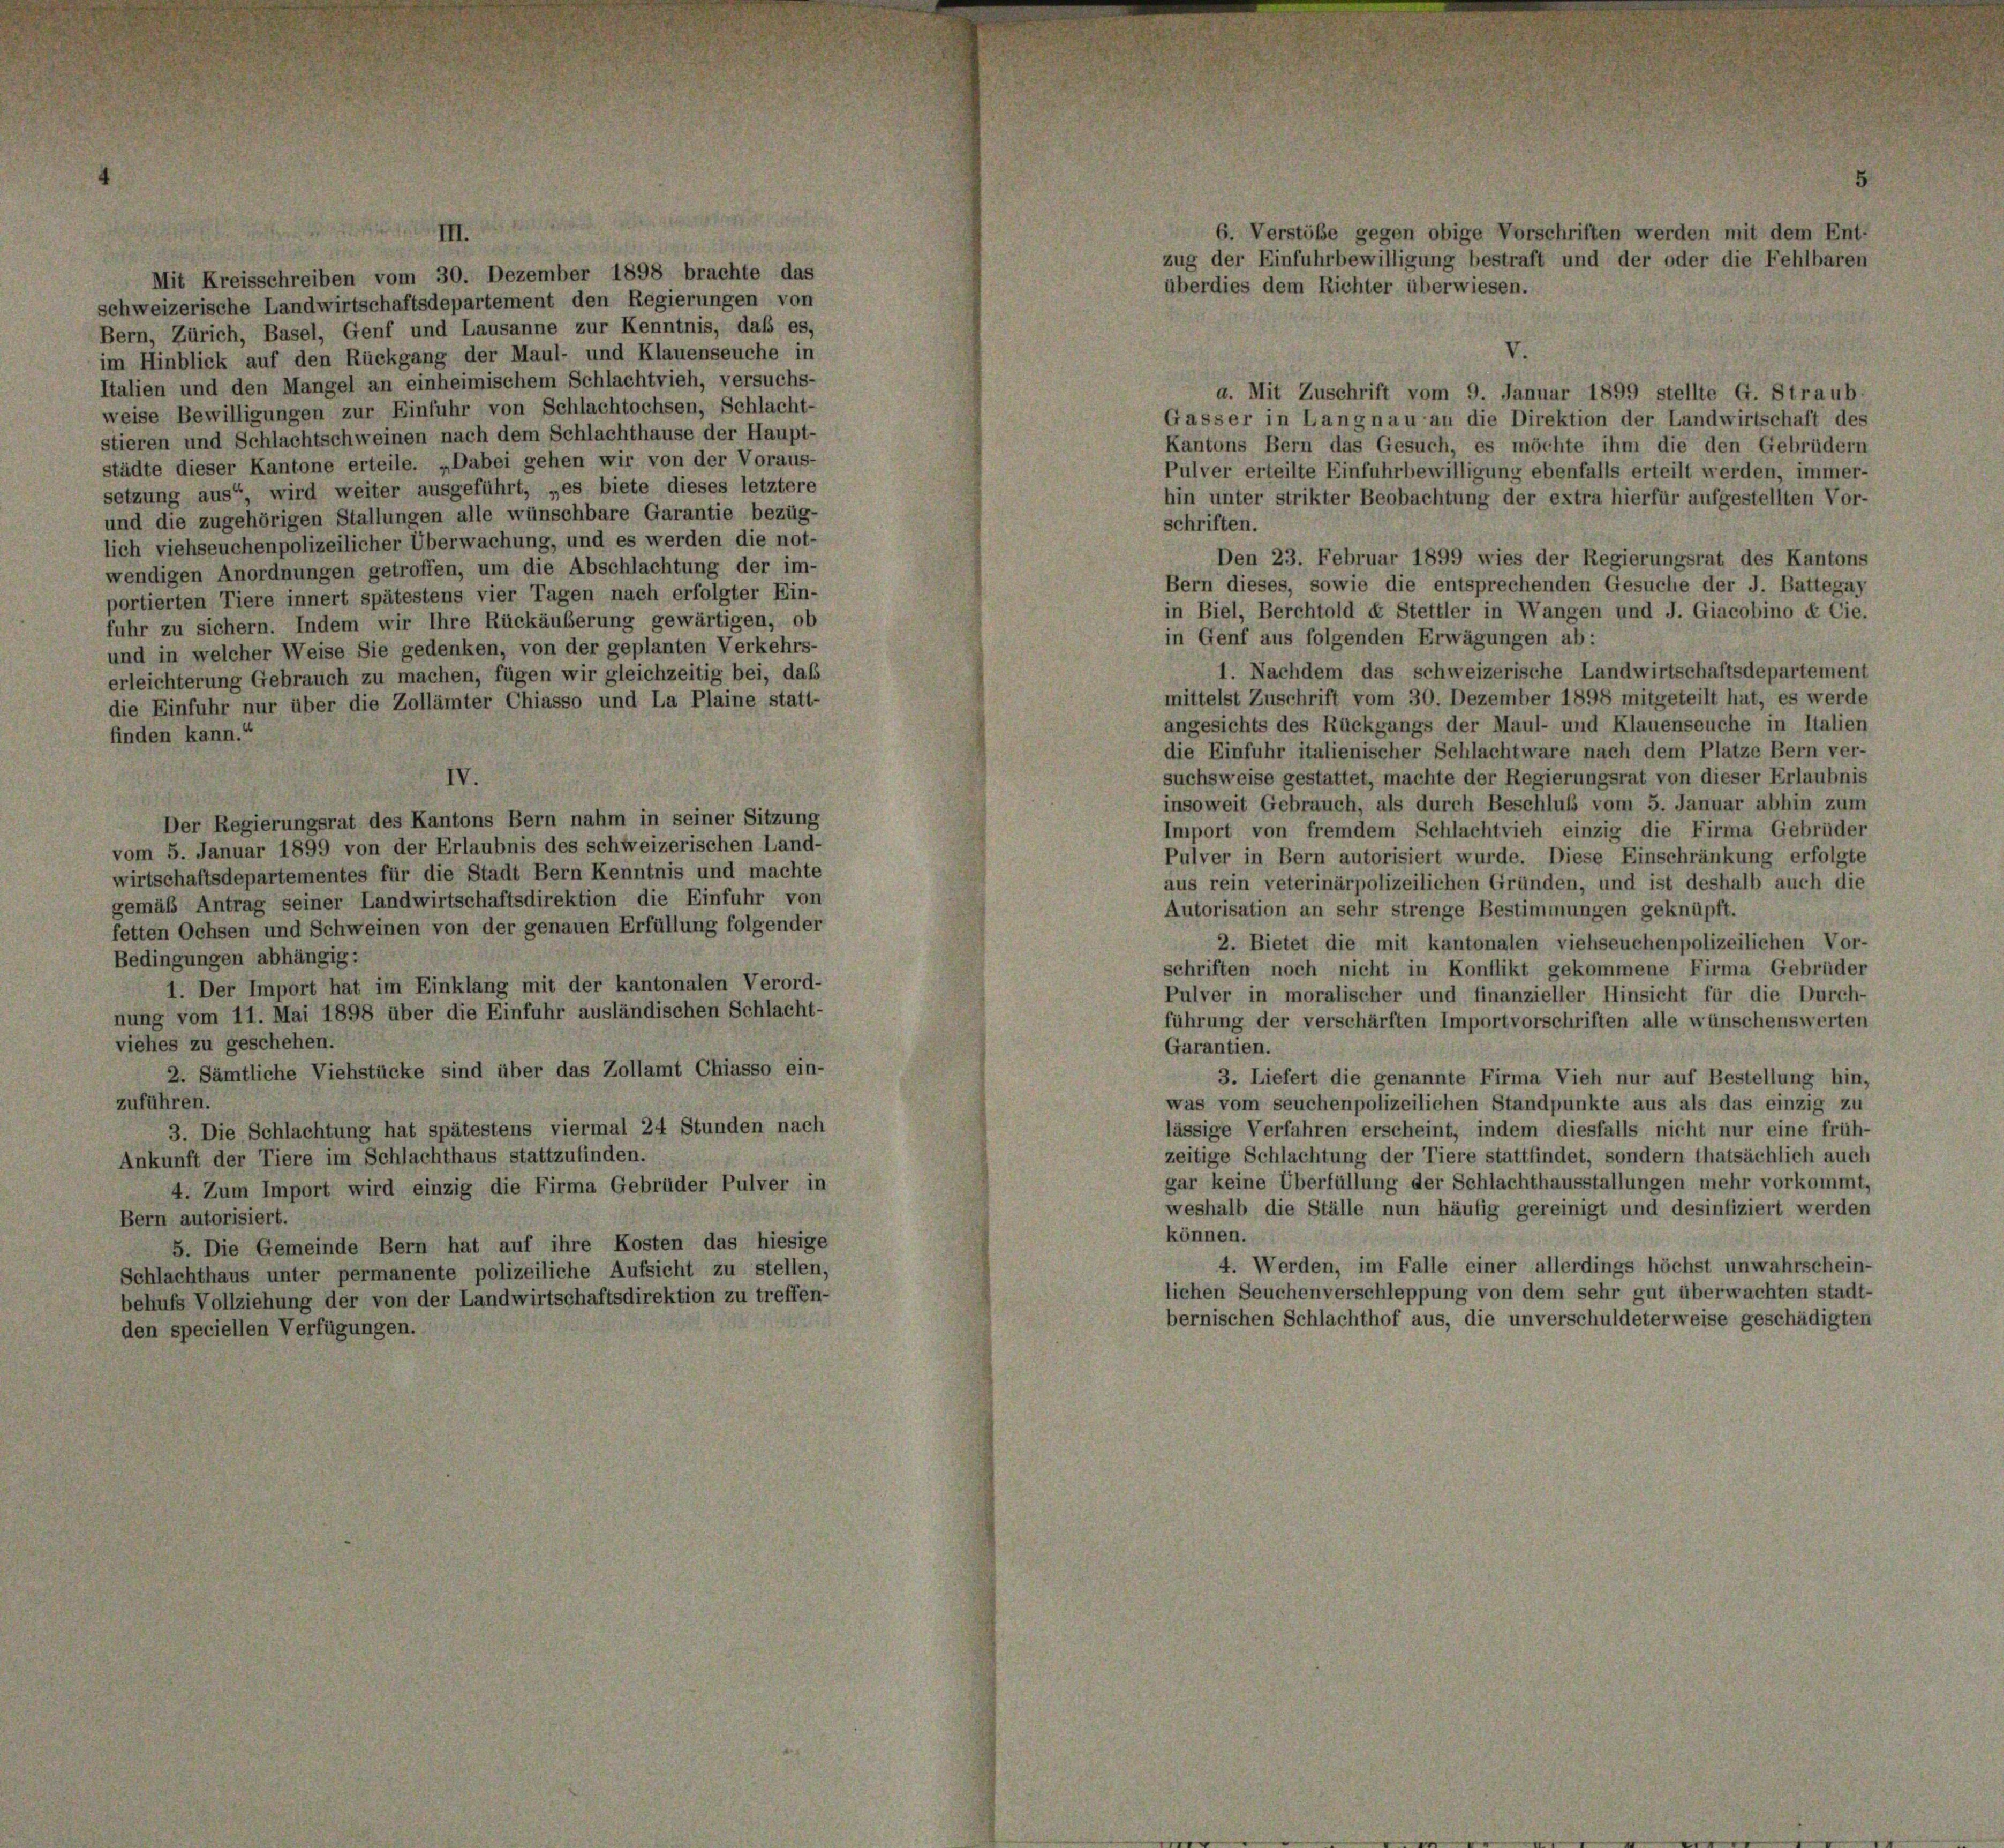
Mit Kreisschreiben vom 30. Dezember 1898 brachte das
schweizerische Landwirtschaftsdepartement den Regierungen von
Bern, Zürich, Basel, Genf und Lausanne zur Kenntnis, daß es,
im Hinblick auf den Rückgang der Maul- und Klauenseuche in
Italien und den Mangel an einheimischem Schlachtvieh, versuchs-
weise Bewilligungen zur Einfuhr von Schlachtochsen, Schlacht-
stieren und Schlachtschweinen nach dem Schlachthause der Haupt-
städte dieser Kantone erteile. „Dabei gehen wir von der Voraus-
setzung aus“, wird weiter ausgeführt, „es biete dieses letztere
und die zugehörigen Stallungen alle wünschbare Garantie bezüg-
lich viehseuchenpolizeilicher Überwachung, und es werden die not-
wendigen Anordnungen getroffen, um die Abschlachtung der im-
portierten Tiere innert spätestens vier Tagen nach erfolgter Ein-
fuhr zu sichern. Indem wir Ihre Rückäußerung gewärtigen, ob
und in welcher Weise Sie gedenken, von der geplanten Verkehrs-
erleichterung Gebrauch zu machen, fügen wir gleichzeitig bei, daß
die Einfuhr nur über die Zollämter Chiasso und La Plaine statt-
finden kann.“
V.
Der Regierungsrat des Kantons Bern nahm in seiner Sitzung
vom 5. Januar 1899 von der Erlaubnis des schweizerischen Land-
wirtschaftsdepartementes für die Stadt Bern Kenntnis und machte
gemäß Antrag seiner Landwirtschaftsdirektion die Einfuhr von
fetten Ochsen und Schweinen von der genauen Erfüllung folgender
Bedingungen abhängig:
1. Der Import hat im Einklang mit der kantonalen Verord-
nung vom 11. Mai 1898 über die Einfuhr ausländischen Schlacht-
viehes zu geschehen.
2. Sämtliche Viehstücke sind über das Zollamt Chiasso ein-
zuführen.
3. Die Schlachtung hat spätestens viermal 24 Stunden nach
Ankunft der Tiere im Schlachthaus stattzufinden.
4. Zum Import wird einzig die Firma Gebrüder Pulver in
Bern autorisiert.
5. Die Gemeinde Bern hat auf ihre Kosten das hiesige
Schlachthaus unter permanente polizeiliche Aufsicht zu stellen,
behufs Vollziehung der von der Landwirtschaftsdirektion zu treffen-
den speciellen Verfügungen.

6. Verstöße gegen obige Vorschriften werden mit dem Ent-
zug der Einfuhrbewilligung bestraft und der oder die Fehlbaren
überdies dem Richter überwiesen.

a. Mit Zuschrift vom 9. Januar 1899 stellte G. Straub
Gasser in Langnau an die Direktion der Landwirtschaft des
Kantons Bern das Gesuch, es möchte ihm die den Gebrüdern
Pulver erteilte Einfuhrbewilligung ebenfalls erteilt werden, immer-
hin unter strikter Beobachtung der extra hierfür aufgestellten Vor-
schriften.
Den 23. Februar 1899 wies der Regierungsrat des Kantons
Bern dieses, sowie die entsprechenden Gesuche der J. Battegay
in Biel, Berchtold et Stettler in Wangen und J. Giacobino ex Cie.
in Genf aus folgenden Erwägungen ab:
1. Nachdem das schweizerische Landwirtschaftsdepartement
mittelst Zuschrift vom 30. Dezember 1898 mitgeteilt hat, es werde
angesichts des Rückgangs der Maul- und Klauenseuche in Italien
die Einfuhr italienischer Schlachtware nach dem Platze Bern ver-
suchsweise gestattet, machte der Regierungsrat von dieser Erlaubnis
insoweit Gebrauch, als durch Beschluß vom 5. Januar abhin zum
Import von fremdem Schlachtvieh einzig die Firma Gebrüder
Pulver in Bern autorisiert wurde. Diese Einschränkung erfolgte
aus rein veterinärpolizeilichen Gründen, und ist deshalb auch die
Autorisation an sehr strenge Bestimmungen geknüpft.
2. Bietet die mit kantonalen viehseuchenpolizeilichen Vor-
schriften noch nicht in Konflikt gekommene Firma Gebrüder
Pulver in moralischer und finanzieller Hinsicht für die Durch-
führung der verschärften Importvorschriften alle wünschenswerten
Garantien.
3. Liefert die genannte Firma Vieh nur auf Bestellung hin,
was vom seuchenpolizeilichen Standpunkte aus als das einzig zu
lässige Verfahren erscheint, indem diesfalls nicht nur eine früh-
zeitige Schlachtung der Tiere stattfindet, sondern thatsächlich auch
gar keine Überfüllung der Schlachthausstallungen mehr vorkommt,
weshalb die Ställe nun häufig gereinigt und desinfiziert werden
können.
4. Werden, im Falle einer allerdings höchst unwahrschein-
lichen Seuchenverschleppung von dem sehr gut überwachten stadt-
bernischen Schlachthof aus, die unverschuldeterweise geschädigten